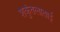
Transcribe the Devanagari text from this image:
शकुंतलाताई